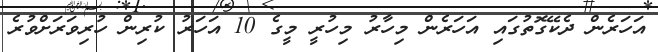
އަހަރެން ދެކޭގޮތުގައި އަހަރެން މިހާރު މިހުރީ މީގެ 10 އަހަރު ކުރިން ހުރިވަރަށްވުރެ